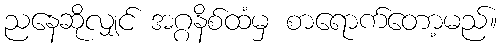
ညနေဆိုလျှင် အဂ္ဂနိစ်ထံမှ စာရောက်တော့မည်။